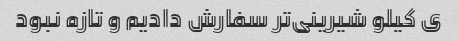
ی کیلو شیرینی‌تر سفارش دادیم و تازه نبود